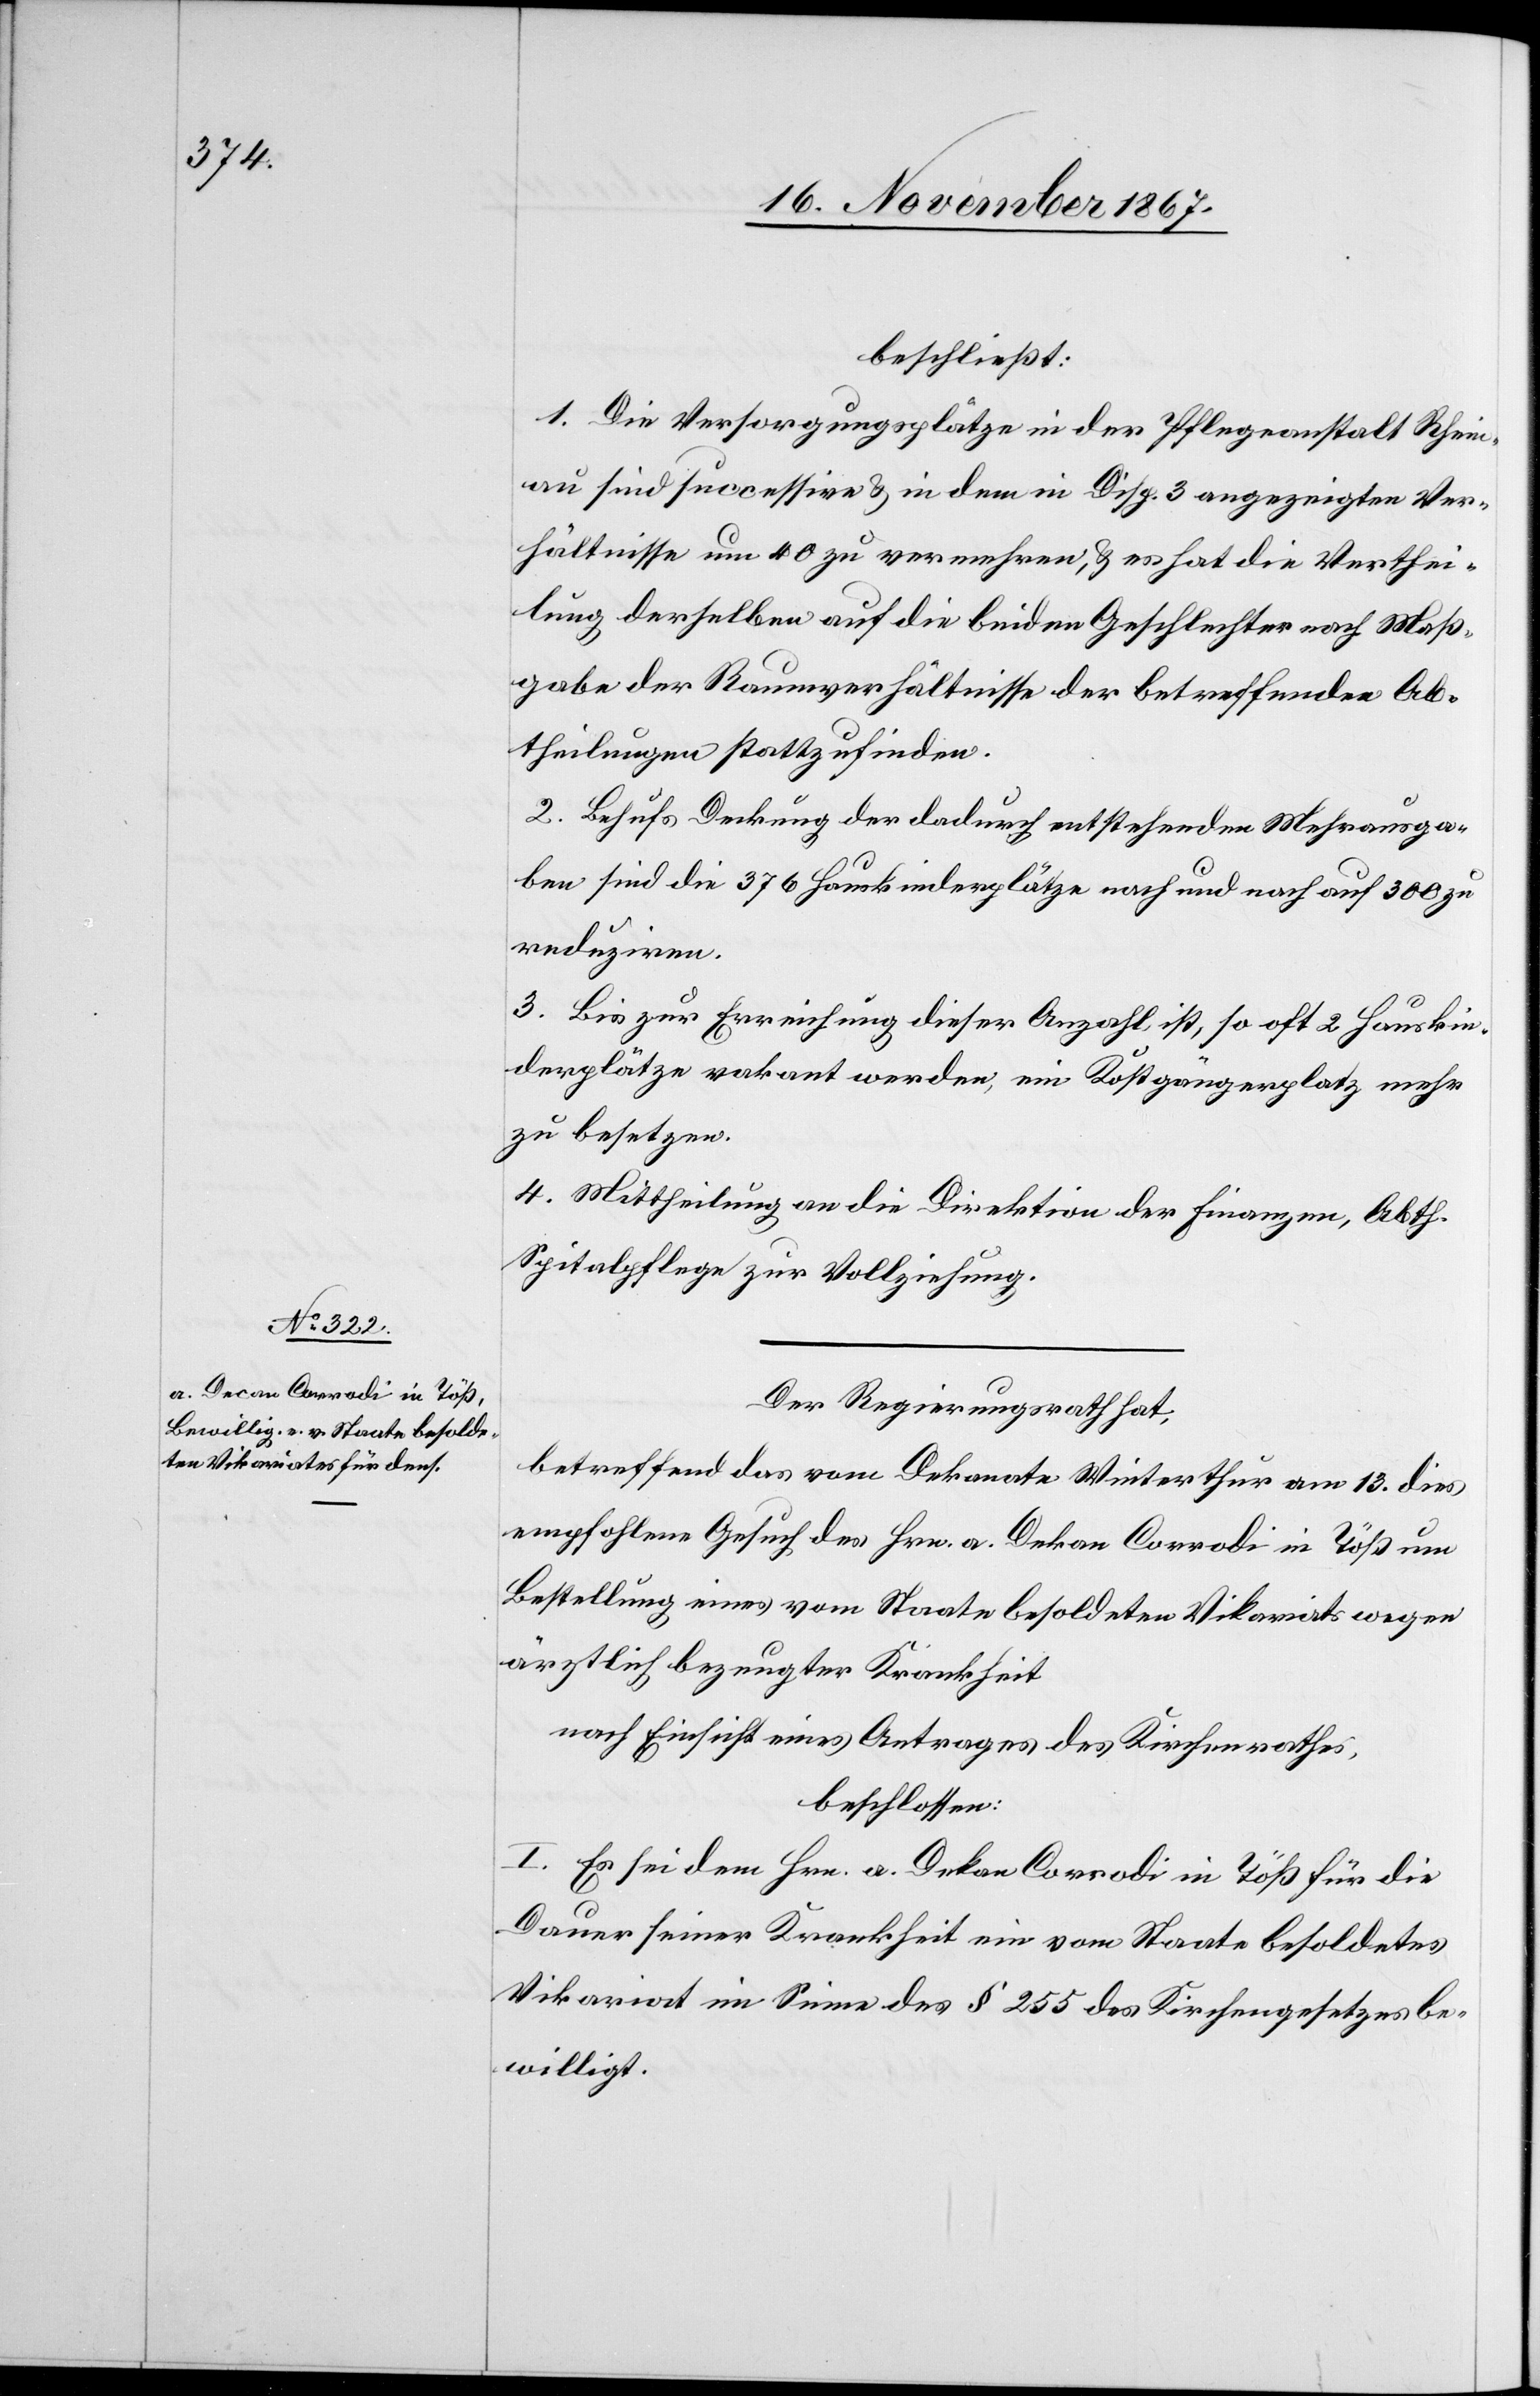
beschließt:
1. Die Versorgungsplätze in der Pflegeanstalt Rhein¬
au sind successive u. in dem in Disp. 3 angezeigten Ver¬
hältnisse um 40 zu vermehren, u. es hat die Verthei¬
lung derselben auf die beiden Geschlechter nach Maß¬
gabe der Raumverhältnisse der betreffenden Ab¬
theilungen statt zu finden.
2. Behufs Deckung der dadurch entstehenden Mehrausga¬
ben sind die 376 Hauskinderplätze nach und nach auf 300 zu
reduziren.
3. Bis zur Erreichung dieser Anzahl ist, so oft 2 Hauskin¬
derplätze vakant werden, ein Kostgängerplatz mehr
zu besetzen.
4. Mittheilung an die Direktion der Finanzen, Abth.
Spitalpflege zur Vollziehung.
Der Regierungsrath hat,
betreffend das vom Dekanate Winterthur am 13. dies
empfohlene Gesuch des Hrn. a. Dekan Corrodi in Töß um
Bestellung eines vom Staate besoldeten Vikariats wegen
ärztlich bezeugter Krankheit
nach Einsicht eines Antrages des Kirchenrathes,
beschlossen:
I. Es sei dem Hrn. a. Dekan Corrodi in Töß für die
Dauer seiner Krankheit ein vom Staate besoldetes
Vikariat im Sinne des § 255 des Kirchengesetzes be¬
willigt.